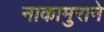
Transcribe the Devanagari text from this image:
नाकामुराने